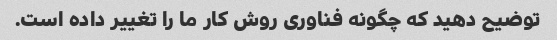
توضیح دهید که چگونه فناوری روش کار ما را تغییر داده است.